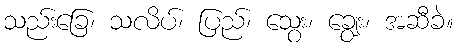
သည်းခြေ၊ သလိပ်၊ ပြည်၊ သွေး၊ ချွေး၊ အဆီခဲ။